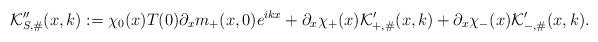
LaTeX: \begin{align*}& \mathcal{K}_{S,\#}''(x,k) := \chi_0(x)T(0) \partial_x m_{+}(x,0)e^{ikx} + \partial_x \chi_+(x) \mathcal{K}'_{+,\#}(x,k) + \partial_x \chi_-(x) \mathcal{K}'_{-,\#}(x,k).\end{align*}